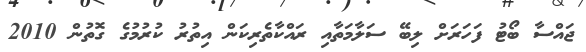
ޖައްސާ ބޯޓު ފަހަރަށް ލިބޭ ސަލާމަތާއި ރައްކާތެރިކަން އިތުރު ކުރުމުގެ ގޮތުން 2010